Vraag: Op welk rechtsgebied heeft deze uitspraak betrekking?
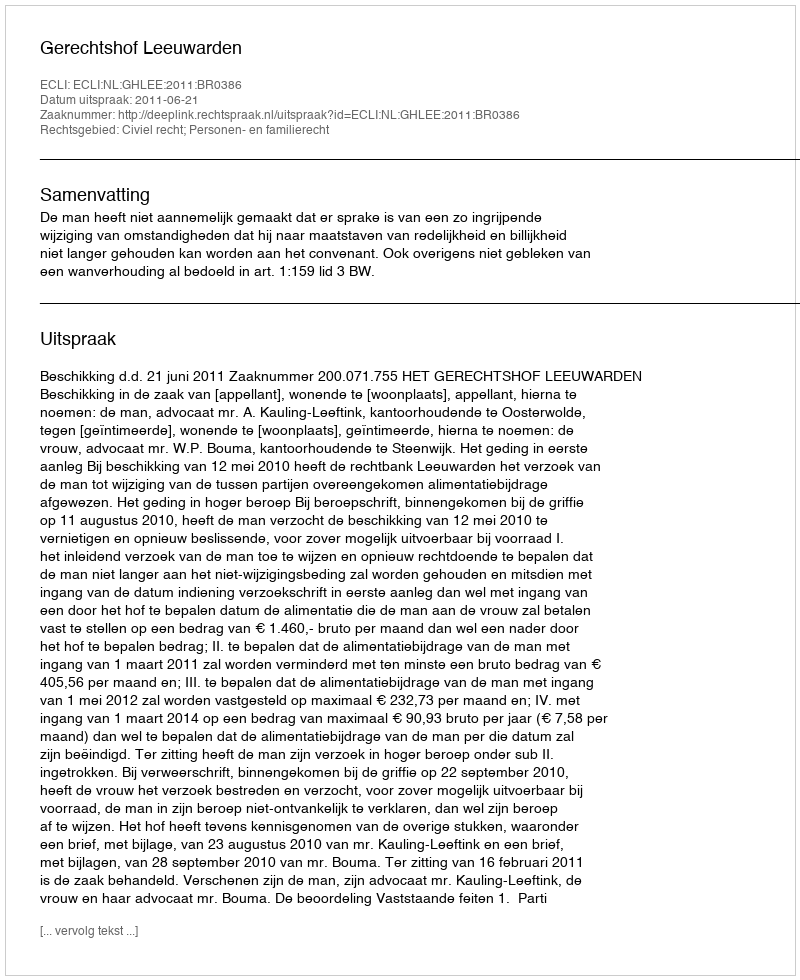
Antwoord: Civiel recht; Personen- en familierecht